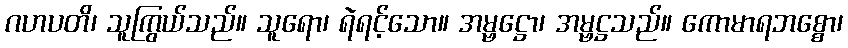
ဂဟပတိ၊ သူကြွယ်သည်။ သူရော၊ ရဲရင့်သော။ အမ္ဗဋ္ဌော၊ အမ္ဗဋ္ဌသည်။ ကောမာရဘစ္စော၊